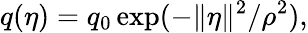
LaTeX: q(\eta)=q_{0}\exp(-\Vert\eta\Vert^{2}/\rho^{2}),